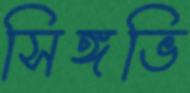
সিঙ্গভি